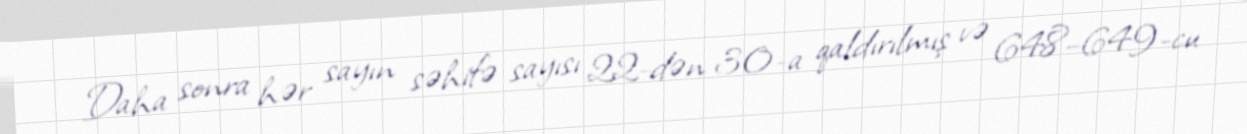
Daha sonra hər sayın səhifə sayısı 22-dən 30-a qaldırılmış və 648–649-cu